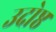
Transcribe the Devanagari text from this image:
उदोष्ठ